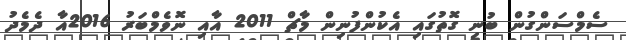
ސެމްސަންގުން ބުނި ގޮތުގައި އެކުންފުނިން މާޗް 2011 އާއި ނޮވެމްބަރު 2016އާ ދެމެދު